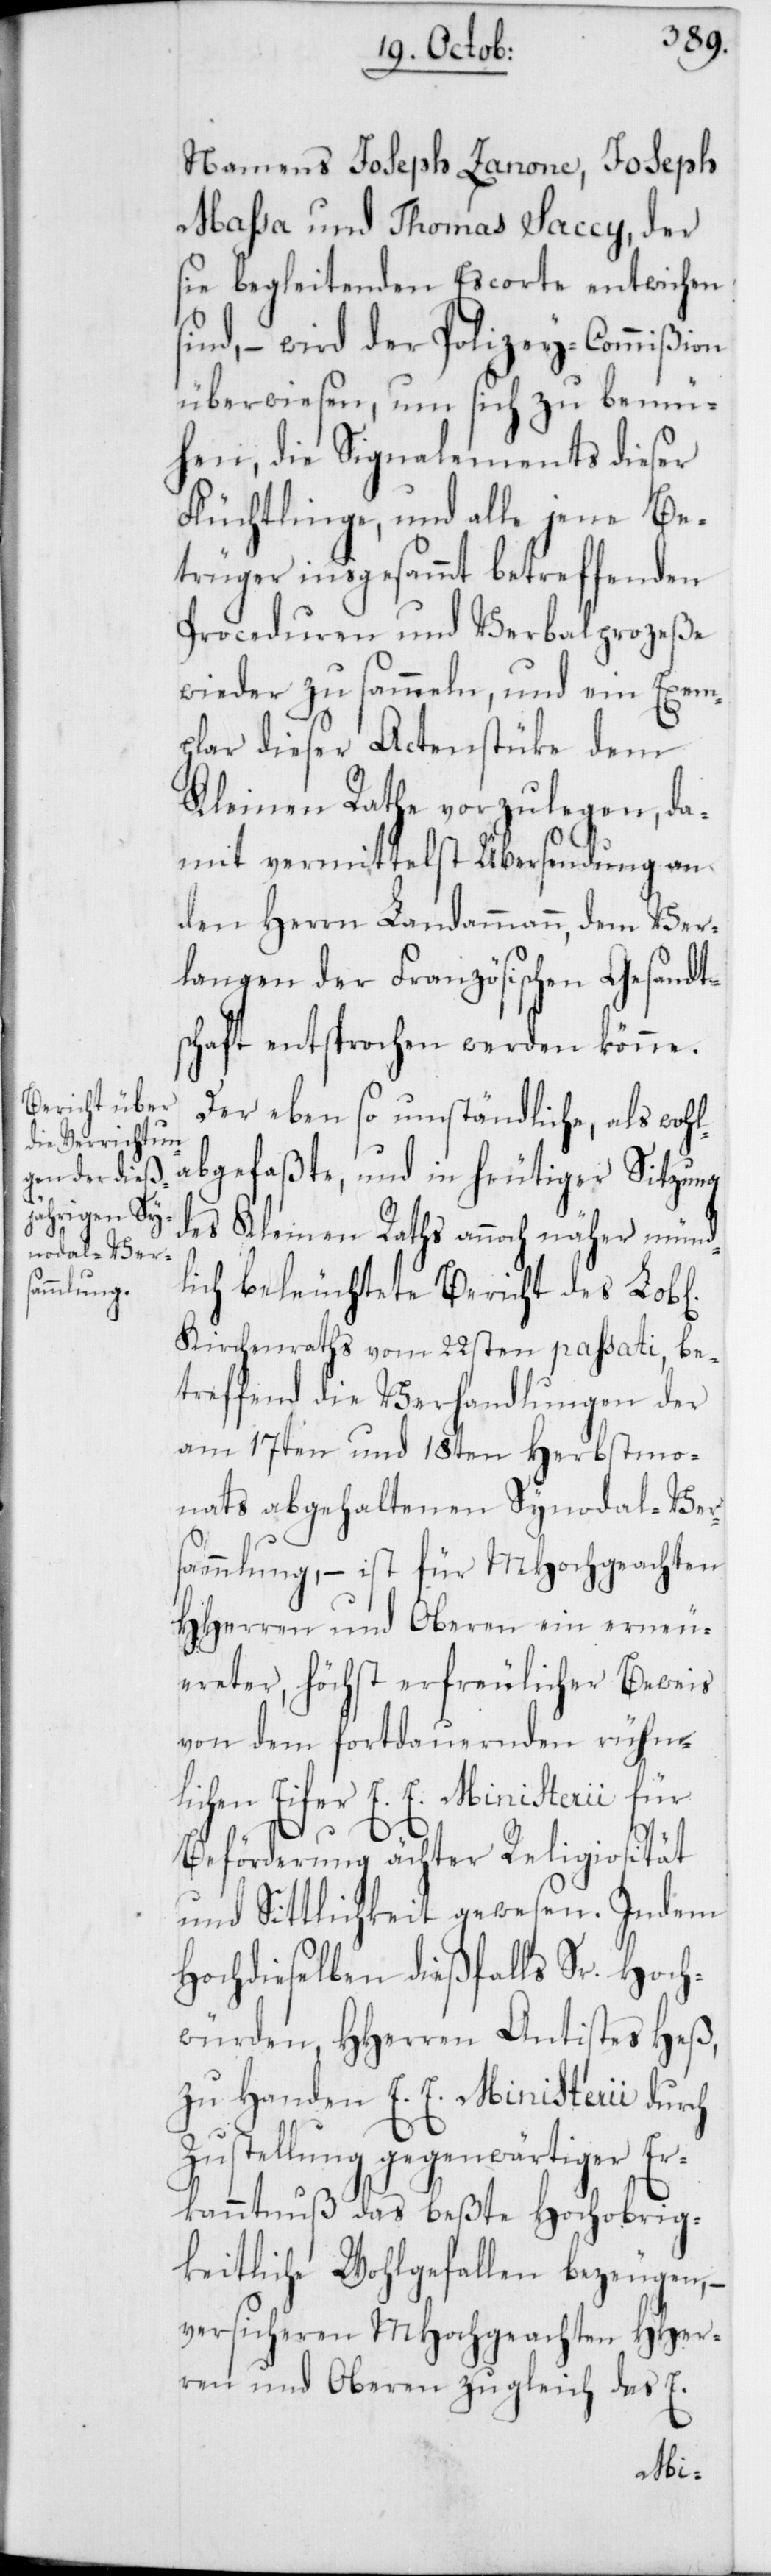
Namens Joseph Zanone, Joseph
Maßa und Thomas Saccy, der
sie begleitenden Escorte entwichen
sind, – wird der Polizey-Commißion
überwiesen, um sich zu bemü¬
hen, die Signalements dieser
Flüchtlinge, und alle jene Be¬
trüger insgesammt betreffenden
Proceduren und Verbalprozeße
wieder zu sammeln, und ein Exem¬
plar dieser Actenstüke dem
Kleinen Rathe vorzulegen, da¬
mit vermittelst Übersendung an
den Herrn Landammann, dem Ver¬
langen der Französischen Gesandts¬
chaft entsprochen werden könne.
Der ebenso umständliche, als wohl¬
abgefaßte und in heutiger Sitzung
des Kleinen Raths annoch näher münd¬
lich beleuchtete Bericht des Lob[l¬
Kirchenraths vom 22sten passati, be¬
treffend die Verhandlungen der
am 17ten und 18ten Herbstmo¬
nats abgehaltenen Synodal-Ver¬
sammlung, – ist für MHochgeachten
HHerren und Oberen ein erneu¬
ereter, höchst erfreulicher Beweis
von dem fortdauernden rühm¬
lichen Eifer E. E. Ministerii für
Beförderung echter Religiosität
und Sittlichkeit gewesen. Indem
Hochdieselben dießfalls Sr. Hoch¬
würden, HHerren Antistes Heß,
zu Handen E .E. Ministerii durch
Zustellung gegenwärtiger Er¬
kanntnuß das beßte Hochobrig¬
keitliche Wohlgefallen bezeugen, –
versicheren MHochgeachten HHer¬
ren und Oberen zugleich das E.
ichen]